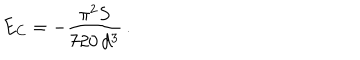
LaTeX: E _ { C } = - \frac { \pi ^ { 2 } S } { 7 2 0 \, d ^ { 3 } } \, .